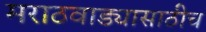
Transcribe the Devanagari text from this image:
मराठवाड्यासाठीच